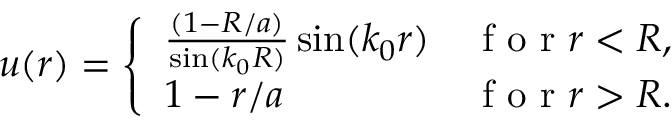
u ( r ) = \left\{ \begin{array} { l l } { \frac { \left( 1 - R / a \right) } { \sin ( k _ { 0 } R ) } \sin ( k _ { 0 } r ) } & { \mathrm { ~ f ~ o ~ r ~ } r < R , } \\ { 1 - r / a } & { \mathrm { ~ f ~ o ~ r ~ } r > R . } \end{array} \right.